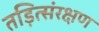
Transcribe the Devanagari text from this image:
तड़ित्संरक्षण